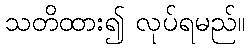
သတိထား၍ လုပ်ရမည်။